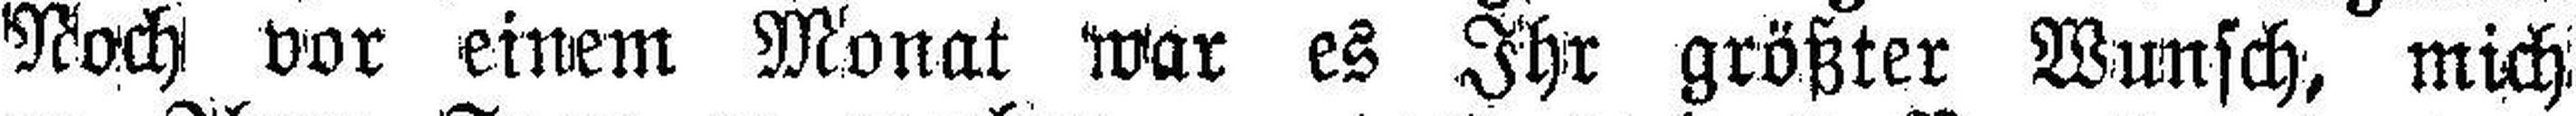
Noch vor einem Monat war es Ihr größter Wunsch, mich!